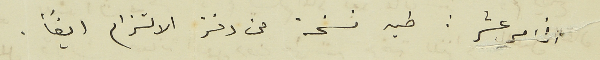
الخامس عشر : طيه نسخة من دفتر الالتزام ايضًا.